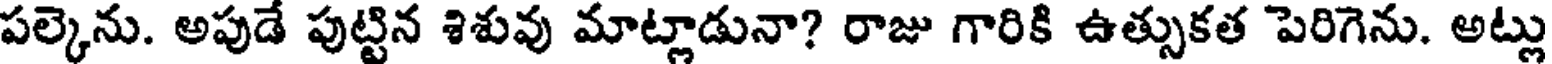
పల్కెను. అపుడే పుట్టిన శిశువు మాట్లాడునా? రాజు గారికి ఉత్సుకత పెరిగెను. అట్లు